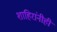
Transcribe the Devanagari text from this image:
शाहिरांनीही